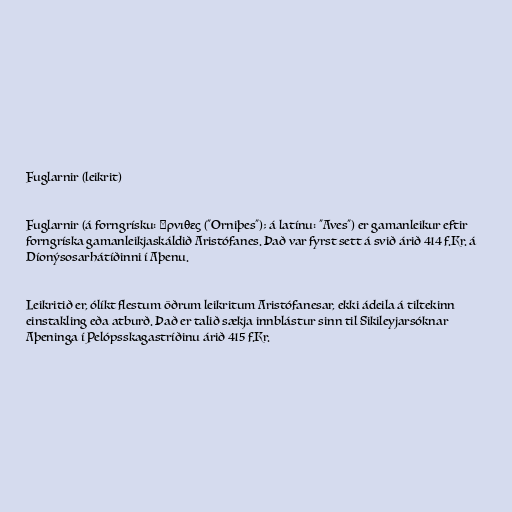
Fuglarnir (leikrit)

Fuglarnir (á forngrísku: Ὄρνιθες ("Orniþes"); á latínu: "Aves") er gamanleikur eftir
forngríska gamanleikjaskáldið Aristófanes. Það var fyrst sett á svið árið 414 f.Kr. á
Díonýsosarhátíðinni í Aþenu.

Leikritið er, ólíkt flestum öðrum leikritum Aristófanesar, ekki ádeila á tiltekinn
einstakling eða atburð. Það er talið sækja innblástur sinn til Sikileyjarsóknar
Aþeninga í Pelópsskagastríðinu árið 415 f.Kr.